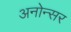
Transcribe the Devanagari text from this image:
अनोन्सर